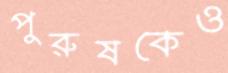
পুরুষকেও